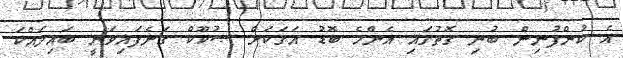
އެ ކުންފުނިން ބުނި ގޮތުގައި އެންމެ ބޮޑު އަގަކަށް ޞުކޫކް ގަނެފައިވަނީ ބައިލައްކަ